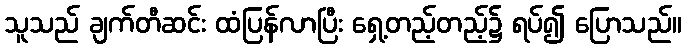
သူသည် ချက်တီဆင်း ထံပြန်လာပြီး ရှေ့တည့်တည့်၌ ရပ်၍ ပြောသည်။